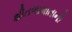
શીતળામાતાની